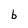
Character: b